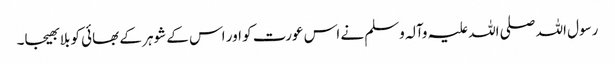
رسول اللہ صلی اللہ علیہ وآلہ وسلم نے اس عورت کو اور اس کے شوہر کے بھائی کو بلا بھیجا۔